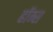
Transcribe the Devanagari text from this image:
हॉम्स